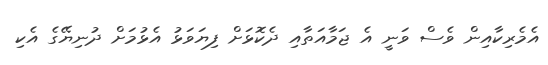
އެމެރިކާއިން ވެސް ވަނީ އެ ޖަމާއަތާއި ދެކޮޅަށް ފިޔަވަޅު އެޅުމަށް ދުނިޔޭގެ އެކި